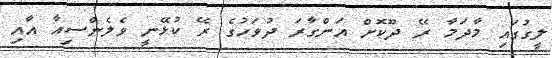
ލީގުގައި މާދަމާ ރޭ ދޫކޮށް އަންގާރަ ދުވަހުގެ ރޭ ކުޅޭނީ ވެލެންސިއާ އާއި